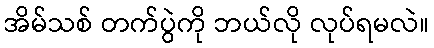
အိမ်သစ် တက်ပွဲကို ဘယ်လို လုပ်ရမလဲ။